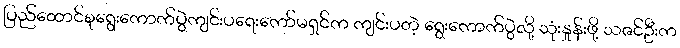
ပြည်ထောင်စုရွေးကောက်ပွဲကျင်းပရေးကော်မရှင်က ကျင်းပတဲ့ ရွေးကောက်ပွဲလို့ သုံးနှုန်းဖို့ သဇင်ဦးက